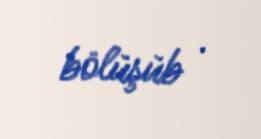
bölüşüb .